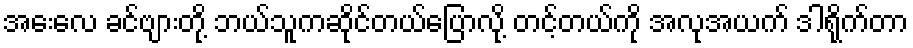
အေးလေ ခင်ဗျားတို့ ဘယ်သူကဆိုင်တယ်ပြောလို့ တင့်တယ်ကို အလုအယက် ဒါရိုက်တာ